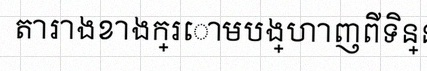
តារាងខាងក្រោមបង្ហាញពីទិន្នន័យ